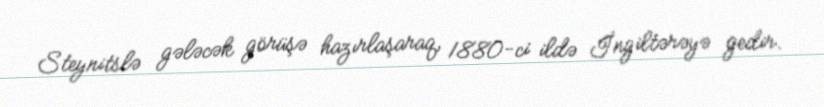
Steynitslə gələcək görüşə hazırlaşaraq, 1880-ci ildə İngiltərəyə gedir.